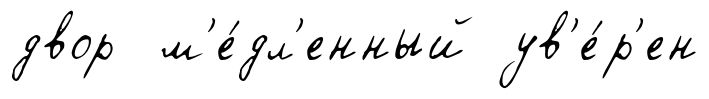
двор м'е́дл'енный ув'е́р'ен